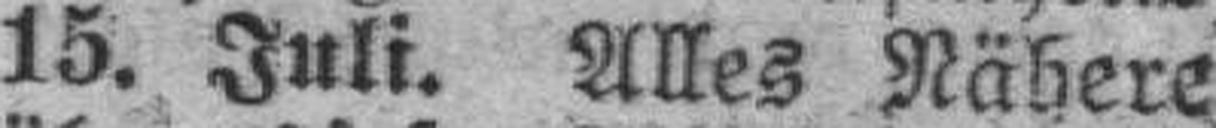
15. Juli. Alles Nähere